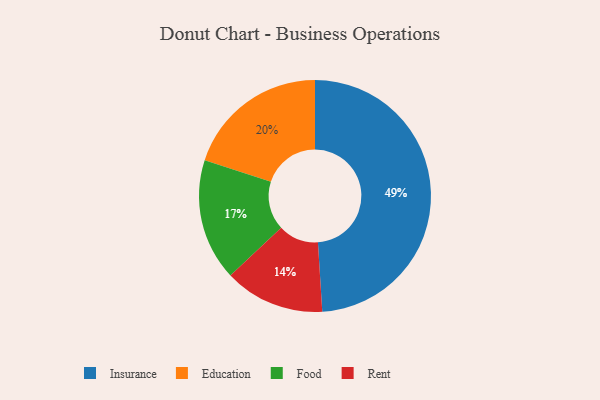
{"axis": {"x": "Category", "y": "Percentage"}, "legend": ["Education", "Food", "Insurance", "Rent"], "data": [{"x": "Food", "y": 17, "type": "Food"}, {"x": "Insurance", "y": 49, "type": "Insurance"}, {"x": "Rent", "y": 14, "type": "Rent"}, {"x": "Education", "y": 20, "type": "Education"}]}